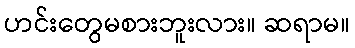
ဟင်းတွေမစားဘူးလား။ ဆရာမ။